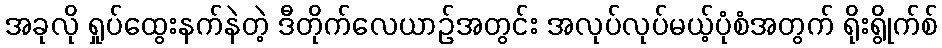
အခုလို ရှုပ်ထွေးနက်နဲတဲ့ ဒီတိုက်လေယာဉ်အတွင်း အလုပ်လုပ်မယ့်ပုံစံအတွက် ရိုးရွိုက်စ်